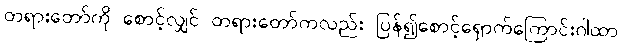
တရားတော်ကို စောင့်လျှင် တရားတော်ကလည်း ပြန်၍စောင့်ရှောက်ကြောင်းဂါထာ